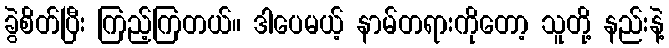
ခွဲစိတ်ပြီး ကြည့်ကြတယ်။ ဒါပေမယ့် နာမ်တရားကိုတော့ သူတို့ နည်းနဲ့